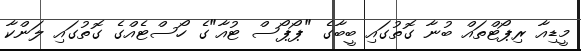
މީޑިއާ ރިޕޯޓްތައް ބުނާ ގޮތުގައި ބީބާގެ "ޕޯޕޯސް ޓުއާ"ގެ ހޯސްޓެއްގެ ގޮތުގައި ލަންކާ